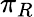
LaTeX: \pi_{R}